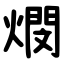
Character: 燘